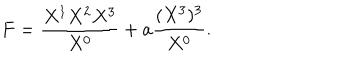
F = { \frac { X ^ { 1 } X ^ { 2 } X ^ { 3 } } { X ^ { 0 } } } + a { \frac { ( X ^ { 3 } ) ^ { 3 } } { X ^ { 0 } } } .